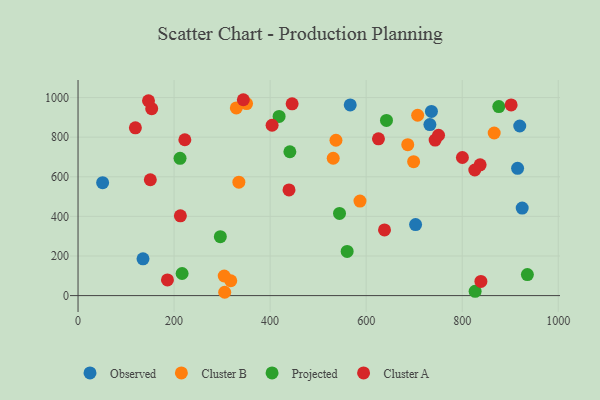
{"axis": {"x": "Price", "y": "Demand"}, "legend": ["Cluster A", "Cluster B", "Observed", "Projected"], "data": [{"x": "732.7", "y": 863.7, "type": "Observed"}, {"x": "919.8", "y": 856.4, "type": "Observed"}, {"x": "135.3", "y": 185.7, "type": "Observed"}, {"x": "924.9", "y": 441.9, "type": "Observed"}, {"x": "51.2", "y": 570.0, "type": "Observed"}, {"x": "566.8", "y": 962.5, "type": "Observed"}, {"x": "702.9", "y": 358.7, "type": "Observed"}, {"x": "915.3", "y": 642.6, "type": "Observed"}, {"x": "735.9", "y": 929.7, "type": "Observed"}, {"x": "707.2", "y": 910.7, "type": "Cluster B"}, {"x": "305.4", "y": 16.8, "type": "Cluster B"}, {"x": "866.6", "y": 821.1, "type": "Cluster B"}, {"x": "537.1", "y": 784.5, "type": "Cluster B"}, {"x": "587.1", "y": 477.3, "type": "Cluster B"}, {"x": "686.6", "y": 762.1, "type": "Cluster B"}, {"x": "350.9", "y": 969.7, "type": "Cluster B"}, {"x": "329.6", "y": 947.7, "type": "Cluster B"}, {"x": "318.0", "y": 74.9, "type": "Cluster B"}, {"x": "531.4", "y": 693.5, "type": "Cluster B"}, {"x": "698.8", "y": 676.0, "type": "Cluster B"}, {"x": "334.9", "y": 572.5, "type": "Cluster B"}, {"x": "304.4", "y": 98.9, "type": "Cluster B"}, {"x": "642.3", "y": 884.7, "type": "Projected"}, {"x": "212.4", "y": 693.1, "type": "Projected"}, {"x": "560.4", "y": 222.9, "type": "Projected"}, {"x": "296.3", "y": 297.5, "type": "Projected"}, {"x": "544.5", "y": 414.9, "type": "Projected"}, {"x": "826.9", "y": 21.4, "type": "Projected"}, {"x": "441.1", "y": 726.3, "type": "Projected"}, {"x": "935.7", "y": 106.0, "type": "Projected"}, {"x": "216.7", "y": 111.5, "type": "Projected"}, {"x": "418.7", "y": 904.5, "type": "Projected"}, {"x": "876.2", "y": 954.6, "type": "Projected"}, {"x": "800.4", "y": 697.3, "type": "Cluster A"}, {"x": "404.1", "y": 860.1, "type": "Cluster A"}, {"x": "837.3", "y": 660.2, "type": "Cluster A"}, {"x": "344.2", "y": 989.0, "type": "Cluster A"}, {"x": "222.4", "y": 786.9, "type": "Cluster A"}, {"x": "743.6", "y": 785.5, "type": "Cluster A"}, {"x": "153.4", "y": 943.9, "type": "Cluster A"}, {"x": "150.5", "y": 584.9, "type": "Cluster A"}, {"x": "445.8", "y": 968.2, "type": "Cluster A"}, {"x": "119.4", "y": 847.2, "type": "Cluster A"}, {"x": "186.2", "y": 79.1, "type": "Cluster A"}, {"x": "625.6", "y": 791.6, "type": "Cluster A"}, {"x": "638.2", "y": 331.5, "type": "Cluster A"}, {"x": "213.1", "y": 402.6, "type": "Cluster A"}, {"x": "146.7", "y": 983.7, "type": "Cluster A"}, {"x": "439.3", "y": 533.6, "type": "Cluster A"}, {"x": "750.7", "y": 809.6, "type": "Cluster A"}, {"x": "901.9", "y": 962.5, "type": "Cluster A"}, {"x": "838.9", "y": 71.7, "type": "Cluster A"}, {"x": "826.2", "y": 634.2, "type": "Cluster A"}]}